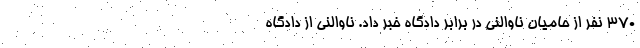
370 نفر از حامیان ناوالنی در برابر دادگاه خبر داد. ناوالنی از دادگاه